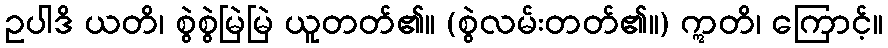
ဥပါဒိ ယတိ၊ စွဲစွဲမြဲမြဲ ယူတတ်၏။ (စွဲလမ်းတတ်၏။) ဣတိ၊ ကြောင့်။